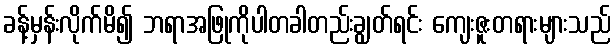
ခန့်မှန်းလိုက်မိ၍ ဘရာအဖြုကိုပါတခါတည်းချွတ်ရင်း ကျေးဇူးတရားများသည်